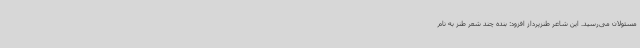
مسئولان می‌رسید. این شاعر طنزپرداز افزود: بنده چند شعر طنز به نام